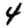
Digit: 4